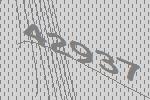
42937